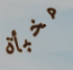
مخبأة